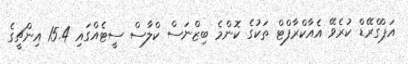
އަޕްގްރޭޑް ކުރެވޭ އެއާކްރާފްޓް ތަކުގެ ކޮންމެ ބިޒްނަސް ކްލާސް ސީޓެއްގައި 15.4 އިންޗީގެ